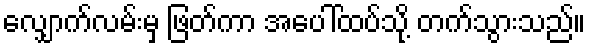
လျှောက်လမ်းမှ ဖြတ်ကာ အပေါ်ထပ်သို့ တက်သွားသည်။